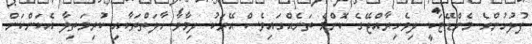
ފުލުހުންގެ މެންޑޭޓަކީ ދިވެހިރާއްޖޭގެ ކޮންމެ ތަނެއްގައިވެސް އޭރަކު ދިމާވާ ހާލަތްތަކާއި ކުރިމަތިލާ އެކަންކަން